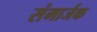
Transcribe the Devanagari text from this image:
संमार्जक